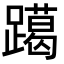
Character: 𨆍